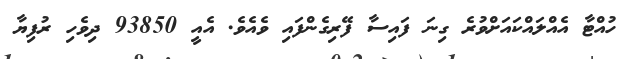
ހުއްޓާ އެއްލައްކައަށްވުރެ ގިނަ ފައިސާ ފޭރިގެންފައި ވެއެވެ. އެއީ 93850 ދިވެހި ރުފިޔާ